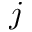
j